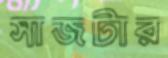
সাজটার